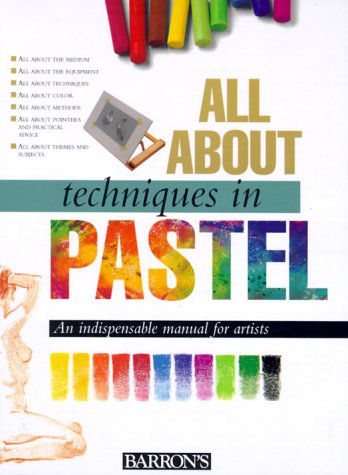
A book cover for All About Techniques in Pastel (All About Techniques Art Series); Parramon's Editorial Team; Arts & Photography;